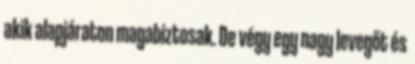
akik alapjáraton magabiztosak. De végy egy nagy levegőt és